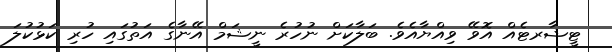
ޓީޝާރޓެއް އޮވޭ ވިއްޔާއެވެ. ބަލާކަށް ނުހުރެ ނީޝަމް އޭނާގެ އަތުގައި ހުރި ކަޅުކުލަ